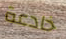
خادعة